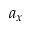
a _ { x }